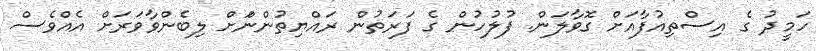
ހަމީދު ގެ އިސްތިއުފާއަށް ގޮވާލަން. ފުލުހުން ގެ ފަރަތުން ރައްޔިތުންންަށް ލިބެންވާވަރަށް އެއްވެސް